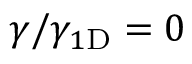
\gamma / \gamma _ { 1 \mathrm { { D } } } = 0